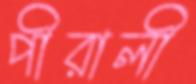
পীরালী